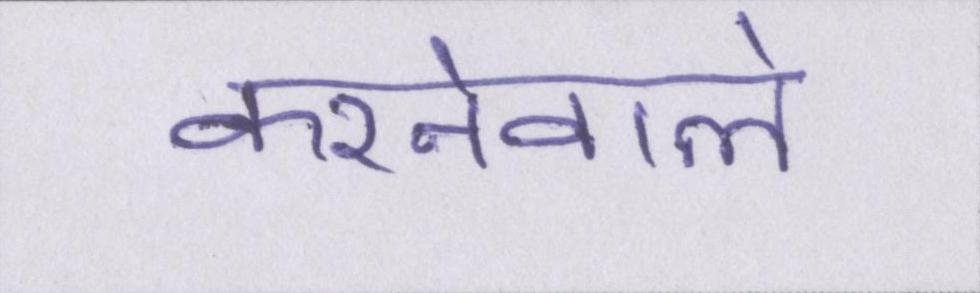
करनेवाले